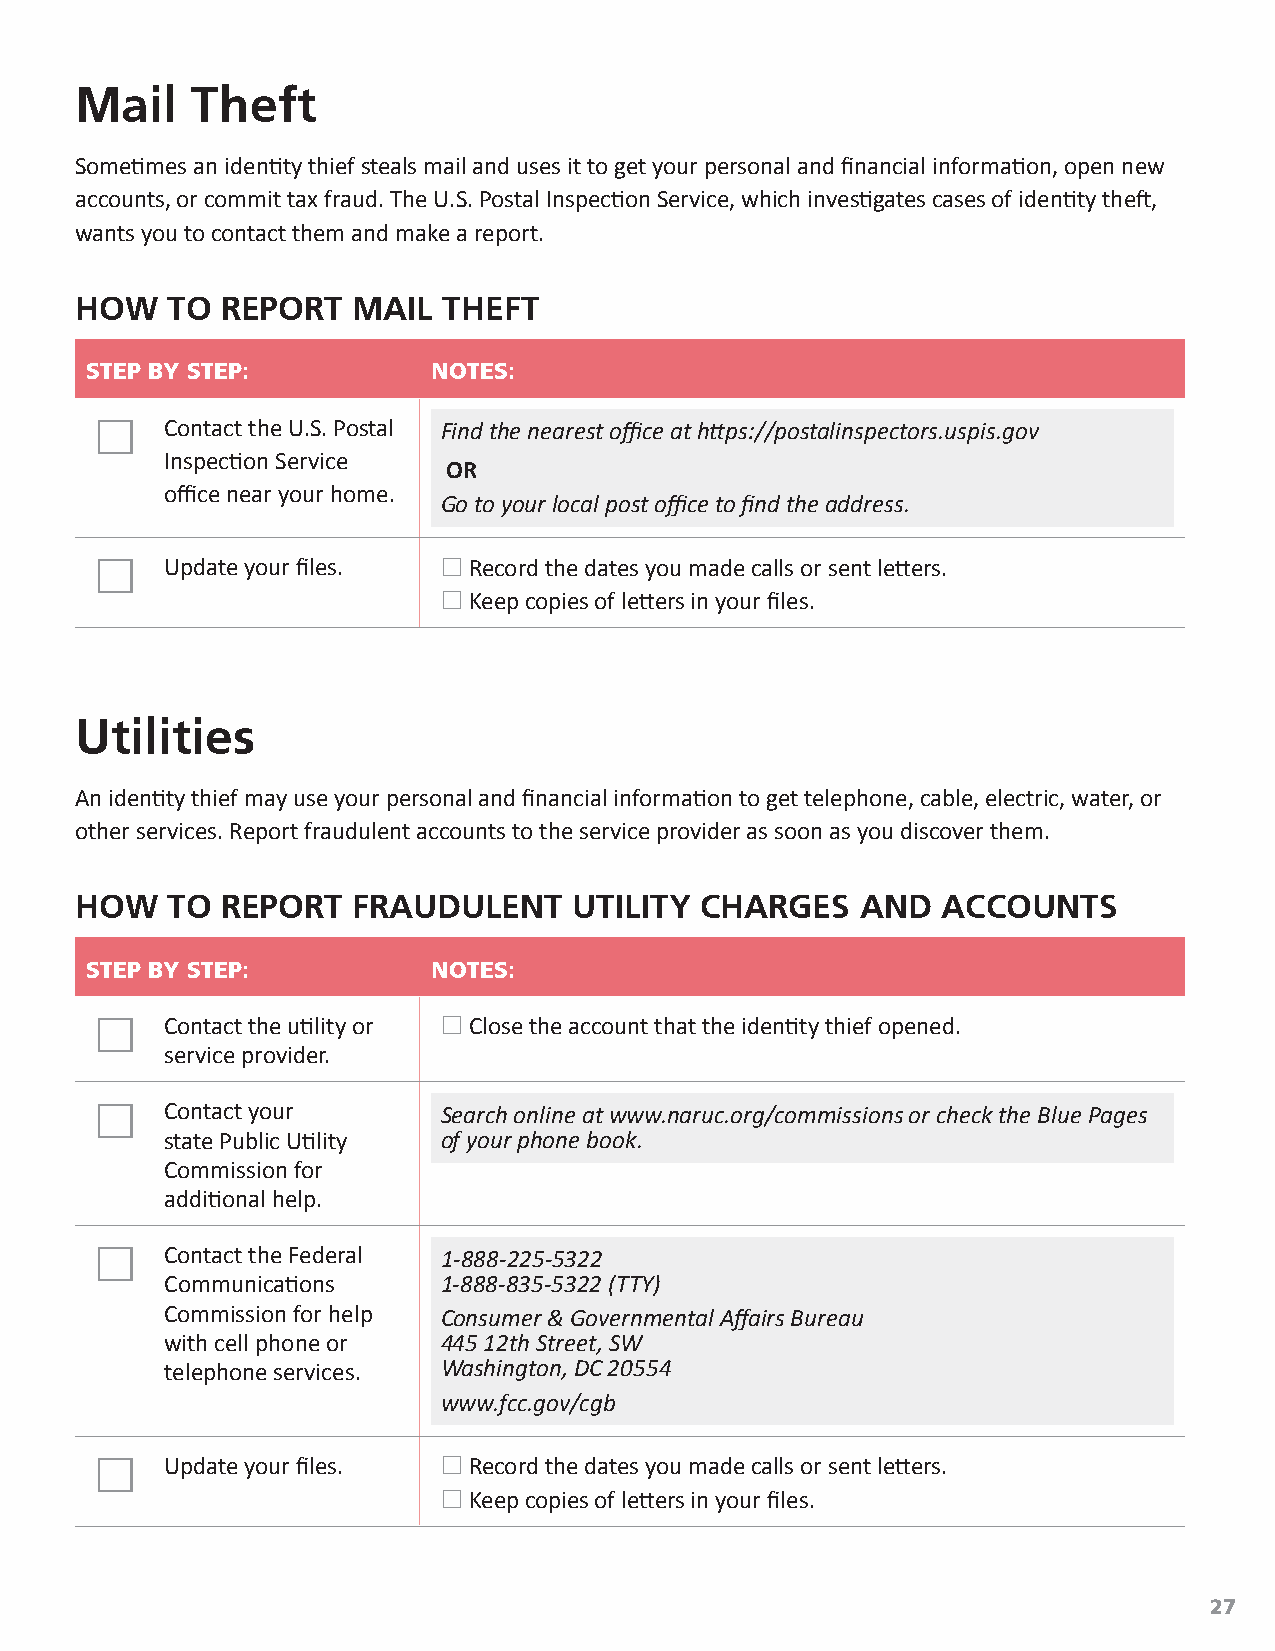
Mail    Theft
 Sometimes an identity thief steals mail and uses it to get your personal and financial information, open new
 accounts, or commit tax fraud. The U.S. Postal Inspection Service, which investigates cases of identity theft,
 wants you to contact them and make a report.
 HOW   TO  REPORT  MAIL  THEFT
 STEP BY STEP:          NOTES:
     Contact the U.S. Postal Find the nearest office at https://postalinspectors.uspis.gov
 Inspection Service
 OR
 office near your home.
 Go to your local post office to find the address.
     Update your files.  Record the dates you made calls or sent letters.
  Keep copies of letters in your files.
 Utilities
 An identity thief may use your personal and financial information to get telephone, cable, electric, water, or
 other services. Report fraudulent accounts to the service provider as soon as you discover them.
 HOW   TO  REPORT  FRAUDULENT     UTILITY CHARGES    AND  ACCOUNTS
 STEP BY STEP:          NOTES:
     Contact the utility or  Close the account that the identity thief opened.
 service provider.
     Contact your      Search online at www.naruc.org/commissions or check the Blue Pages
 state Public Utility of your phone book.
 Commission for
 additional help.
     Contact the Federal 1‑888‑225‑5322
 Communications    1-888-835-5322 (TTY)
 Commission for help Consumer & Governmental Affairs Bureau
 with cell phone or 445 12th Street, SW
 telephone services. Washington, DC 20554
 www.fcc.gov/cgb
     Update your files.  Record the dates you made calls or sent letters.
  Keep copies of letters in your files.
 27